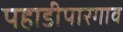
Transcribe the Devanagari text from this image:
पहाडीपारगाव